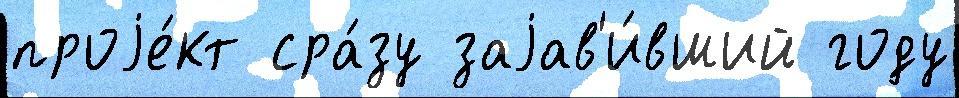
проjе́кт сра́зу заjав'и́вший году